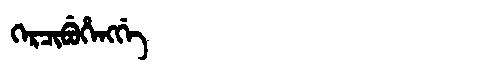
Manchu: ᡴᡝᡵᠴᡳᠪᡠᡥᡝᠩᡤᡝ
Romanization: KERCIBUHENGGE